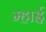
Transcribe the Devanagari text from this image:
म्हाई